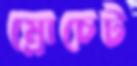
ম্রোচেট